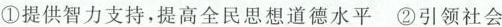
①提供智力支持，提高全民思想道德水平②引领社会